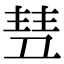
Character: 𬻥